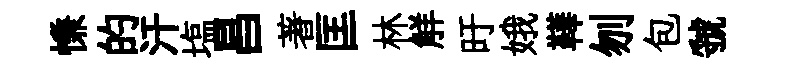
慊的汗塩昌著匡林觧旴娥鞾刎包虢